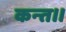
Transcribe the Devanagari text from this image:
कन्‍त।।